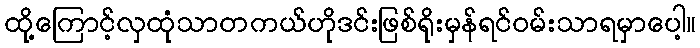
ထို့ကြောင့်လှထုံသာတကယ်ဟိုဒင်းဖြစ်ရိုးမှန်ရင်ဝမ်းသာရမှာပေါ့။